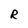
Character: R